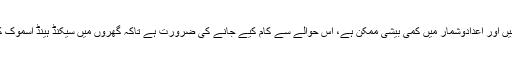
انہوں نے کہا یہ نتائج سرویز پر مبنی ہیں اور اعدادوشمار میں کمی بیشی ممکن ہے، اس حوالے سے کام کیے جانے کی ضرورت ہے تاکہ گھروں میں سیکنڈ ہینڈ اسموک کے خطرناک اثرات کو کم کیا جاسکے۔